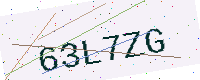
Text: 63L7ZG